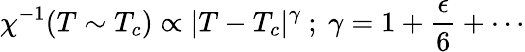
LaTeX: \chi^{-1}(T\sim T_{c})\propto|T-T_{c}|^{\gamma}~;~\gamma=1+\frac{\epsilon}{6}+\cdots